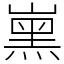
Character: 𡼡